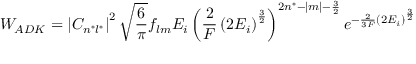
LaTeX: W _ { A D K } = \left| C _ { n ^ { * } l ^ { * } } \right| ^ { 2 } { \sqrt { \frac { 6 } { \pi } } } f _ { l m } E _ { i } \left( { \frac { 2 } { F } } \left( 2 E _ { i } \right) ^ { \frac { 3 } { 2 } } \right) ^ { 2 n ^ { * } - | m | - { \frac { 3 } { 2 } } } e ^ { - { \frac { 2 } { 3 F } } \left( 2 E _ { i } \right) ^ { \frac { 3 } { 2 } } }